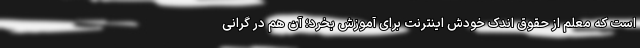
است که معلم از حقوق اندک خودش اینترنت برای آموزش بخرد؛ آن هم در گرانی